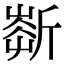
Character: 𣂹